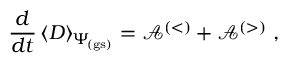
\frac { d } { d t } \left\langle D \right\rangle _ { \scriptstyle \! \Psi _ { \mathrm { \! { \scriptscriptstyle ( g s ) } } } } = { \mathcal A } ^ { ( < ) } + { \mathcal A } ^ { ( > ) } \; ,